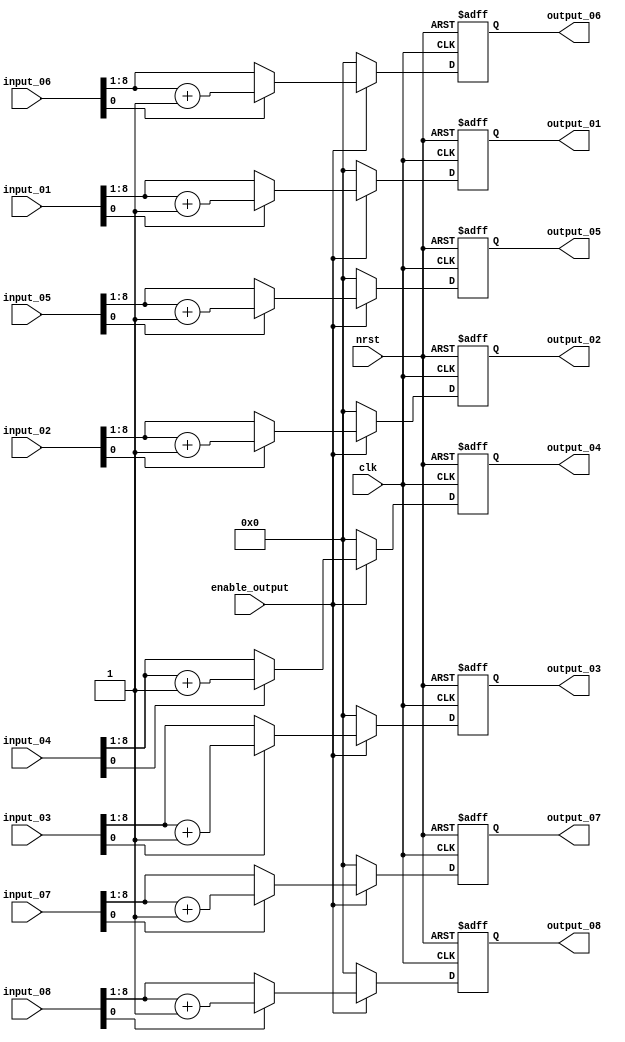
//+FHDR-----------------------------------------------------
// (C) Copyright Company
// All Right Reserved
//---------------------------------------------------------------
// CONTACT INFORMATION:top
//---------------------------------------------------------------
// RELEASE VERSION: 2.2V19
// VERSION DESCRIPTION: IPQ Design Guidelines
//---------------------------------------------------------------
// RELEASE DATA: 11-07-2009
//---------------------------------------------------------------
// PURPOSE: Test complete file header
//---------------------------------------------------------------
// PARAMETERS:quant
// PARAMETER NAME RANGE
//DESCRIPTION DEFAULT VALUE
// PARAMETERS: None
//-FHDR------------------------------------------------------
`timescale 1ns/10ps
module quant(// input
              clk, 
              nrst, 
              enable_output,
              input_01, 
              input_02, 
              input_03, 
              input_04,
              input_05, 
              input_06, 
              input_07, 
              input_08,
           
             // output                 
              output_01, 
              output_02, 
              output_03, 
              output_04,
              output_05, 
              output_06, 
              output_07, 
              output_08
             );


   input         clk;  
   input         nrst;
   input         enable_output;
   input  [8:0]  input_01;
   input  [8:0]  input_02;
   input  [8:0]  input_03;
   input  [8:0]  input_04;
   input  [8:0]  input_05; 
   input  [8:0]  input_06;
   input  [8:0]  input_07;
   input  [8:0]  input_08;
                 
   output [7:0]  output_01;
   output [7:0]  output_02;
   output [7:0]  output_03;
   output [7:0]  output_04;
   output [7:0]  output_05;
   output [7:0]  output_06;
   output [7:0]  output_07;
   output [7:0]  output_08;
                  
   reg    [7:0]  output_01;
   reg    [7:0]  output_02;
   reg    [7:0]  output_03;
   reg    [7:0]  output_04;
   reg    [7:0]  output_05;
   reg    [7:0]  output_06;
   reg    [7:0]  output_07;
   reg    [7:0]  output_08;

 
  // output quantization result by enable 
    always @(posedge clk or negedge nrst) begin
        if(~nrst) begin
          output_01 <= 0; 
          output_02 <= 0; 
          output_03 <= 0;
          output_04 <= 0;
          output_05 <= 0;
          output_06 <= 0;
          output_07 <= 0;
          output_08 <= 0;
        end
          
       // round off 
        else begin 
            if(enable_output) begin
                output_01 <= (input_01[0] == 0)? input_01[8:1]: input_01[8:1] + 1;
                output_02 <= (input_02[0] == 0)? input_02[8:1]: input_02[8:1] + 1;
                output_03 <= (input_03[0] == 0)? input_03[8:1]: input_03[8:1] + 1;
                output_04 <= (input_04[0] == 0)? input_04[8:1]: input_04[8:1] + 1;
                output_05 <= (input_05[0] == 0)? input_05[8:1]: input_05[8:1] + 1;
                output_06 <= (input_06[0] == 0)? input_06[8:1]: input_06[8:1] + 1;
                output_07 <= (input_07[0] == 0)? input_07[8:1]: input_07[8:1] + 1;
                output_08 <= (input_08[0] == 0)? input_08[8:1]: input_08[8:1] + 1;
            end
                
            else begin
                output_01 <= 0; 
                output_02 <= 0; 
                output_03 <= 0;
                output_04 <= 0;
                output_05 <= 0;
                output_06 <= 0;
                output_07 <= 0;
                output_08 <= 0;
            end
        end
    end   
endmodule